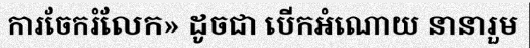
ការចែករំលែក» ដូចជា បើកអំណោយ នានារួម